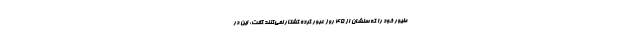
طیور خود را که سنشان از ۴۵ روز عبور کرده کشتار نمی‌کنند گفت: این در